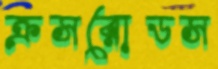
ক্রসরোডস